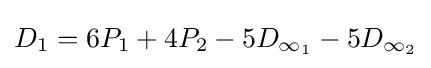
D_{1}=6P_{1}+4P_{2}-5D_{\infty _{1}}-5D_{\infty _{2}}